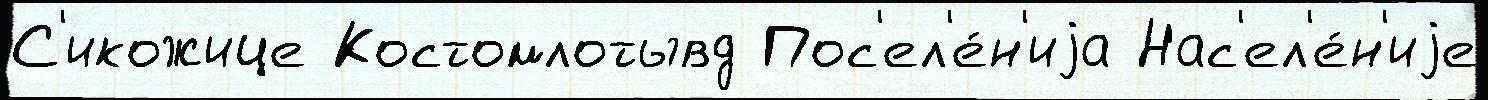
С'икожице Костомлотывд Пос'ел'е́н'иjа Нас'ел'е́н'иjе